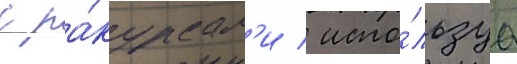
с ра́курсам'и / испо́льзуа